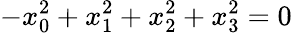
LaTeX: -x_{0}^{2}+x_{1}^{2}+x_{2}^{2}+x_{3}^{2}=0